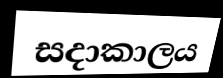
සදාකාලය